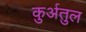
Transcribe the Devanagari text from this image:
कुर्अतुल